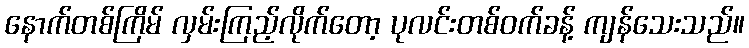
နောက်တစ်ကြိမ် လှမ်းကြည့်လိုက်တော့ ပုလင်းတစ်ဝက်ခန့် ကျန်သေးသည်။